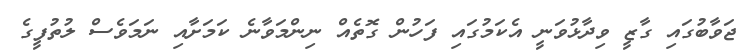
ޖަވާބުގައި ގާޒީ ވިދާޅުވަނީ އެކަމުގައި ފަހުން ގޮތެއް ނިންމަވާނެ ކަމަށާއި ނަަމަވެސް ލުތުފީގެ